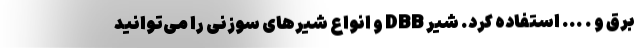
برق و . ... استفاده کرد. شیر DBB و انواع شیرهای سوزنی را می‌توانید